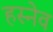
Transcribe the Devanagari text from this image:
हस्नेव